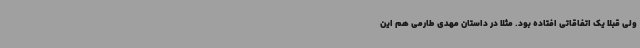
ولی قبلا یک اتفاقاتی افتاده بود. مثلا در داستان مهدی طارمی هم این